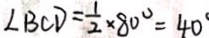
\angle B C D = \frac { 1 } { 2 } \times 8 0 ^ { \circ } = 4 0 ^ { \circ }